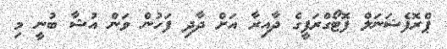
ޕްރޮފެޝަނަލް ފޮޓޯގްރަފީގެ ދާއިރާ އަށް ދާދި ފަހުން ވަން އުޝާ ބުނީ މި